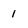
Character: 1